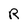
Character: R